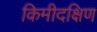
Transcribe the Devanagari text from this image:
किमीदक्षिण